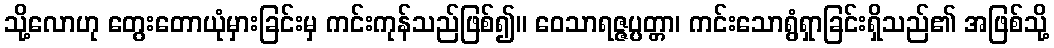
သို့လောဟု တွေးတောယုံမှားခြင်းမှ ကင်းကုန်သည်ဖြစ်၍။ ဝေသာရဇ္ဇပ္ပတ္တာ၊ ကင်းသောရွံရှာခြင်းရှိသည်၏ အဖြစ်သို့